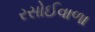
રસોઈવાળા